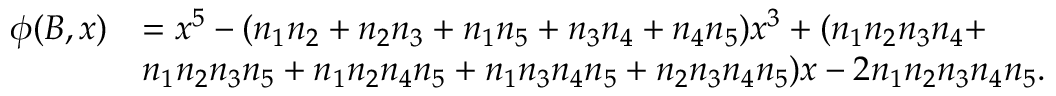
\begin{array} { r l } { \phi ( B , x ) } & { = x ^ { 5 } - ( n _ { 1 } n _ { 2 } + n _ { 2 } n _ { 3 } + n _ { 1 } n _ { 5 } + n _ { 3 } n _ { 4 } + n _ { 4 } n _ { 5 } ) x ^ { 3 } + ( n _ { 1 } n _ { 2 } n _ { 3 } n _ { 4 } + } \\ & { n _ { 1 } n _ { 2 } n _ { 3 } n _ { 5 } + n _ { 1 } n _ { 2 } n _ { 4 } n _ { 5 } + n _ { 1 } n _ { 3 } n _ { 4 } n _ { 5 } + n _ { 2 } n _ { 3 } n _ { 4 } n _ { 5 } ) x - 2 n _ { 1 } n _ { 2 } n _ { 3 } n _ { 4 } n _ { 5 } . } \end{array}